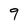
Character: 9